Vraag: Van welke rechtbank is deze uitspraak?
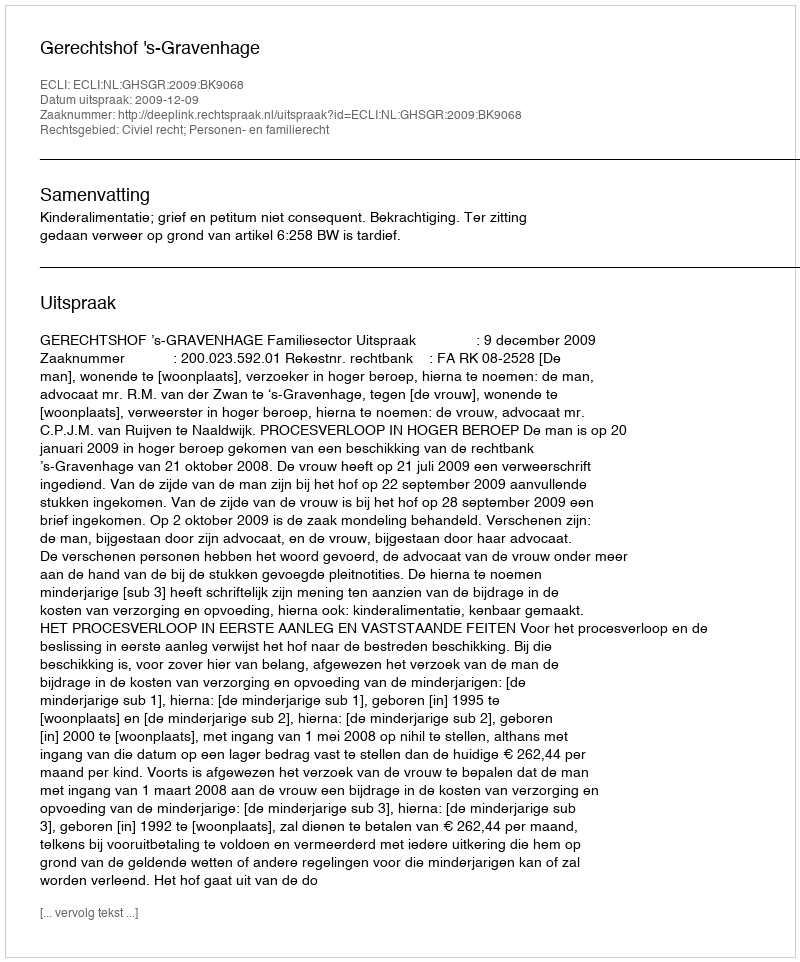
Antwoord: Gerechtshof 's-Gravenhage